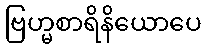
ဗြဟ္မစာရိနိယောပေ